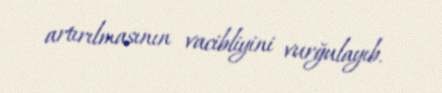
artırılmasının vacibliyini vurğulayıb.